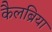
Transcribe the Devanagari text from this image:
कैलब्रिया